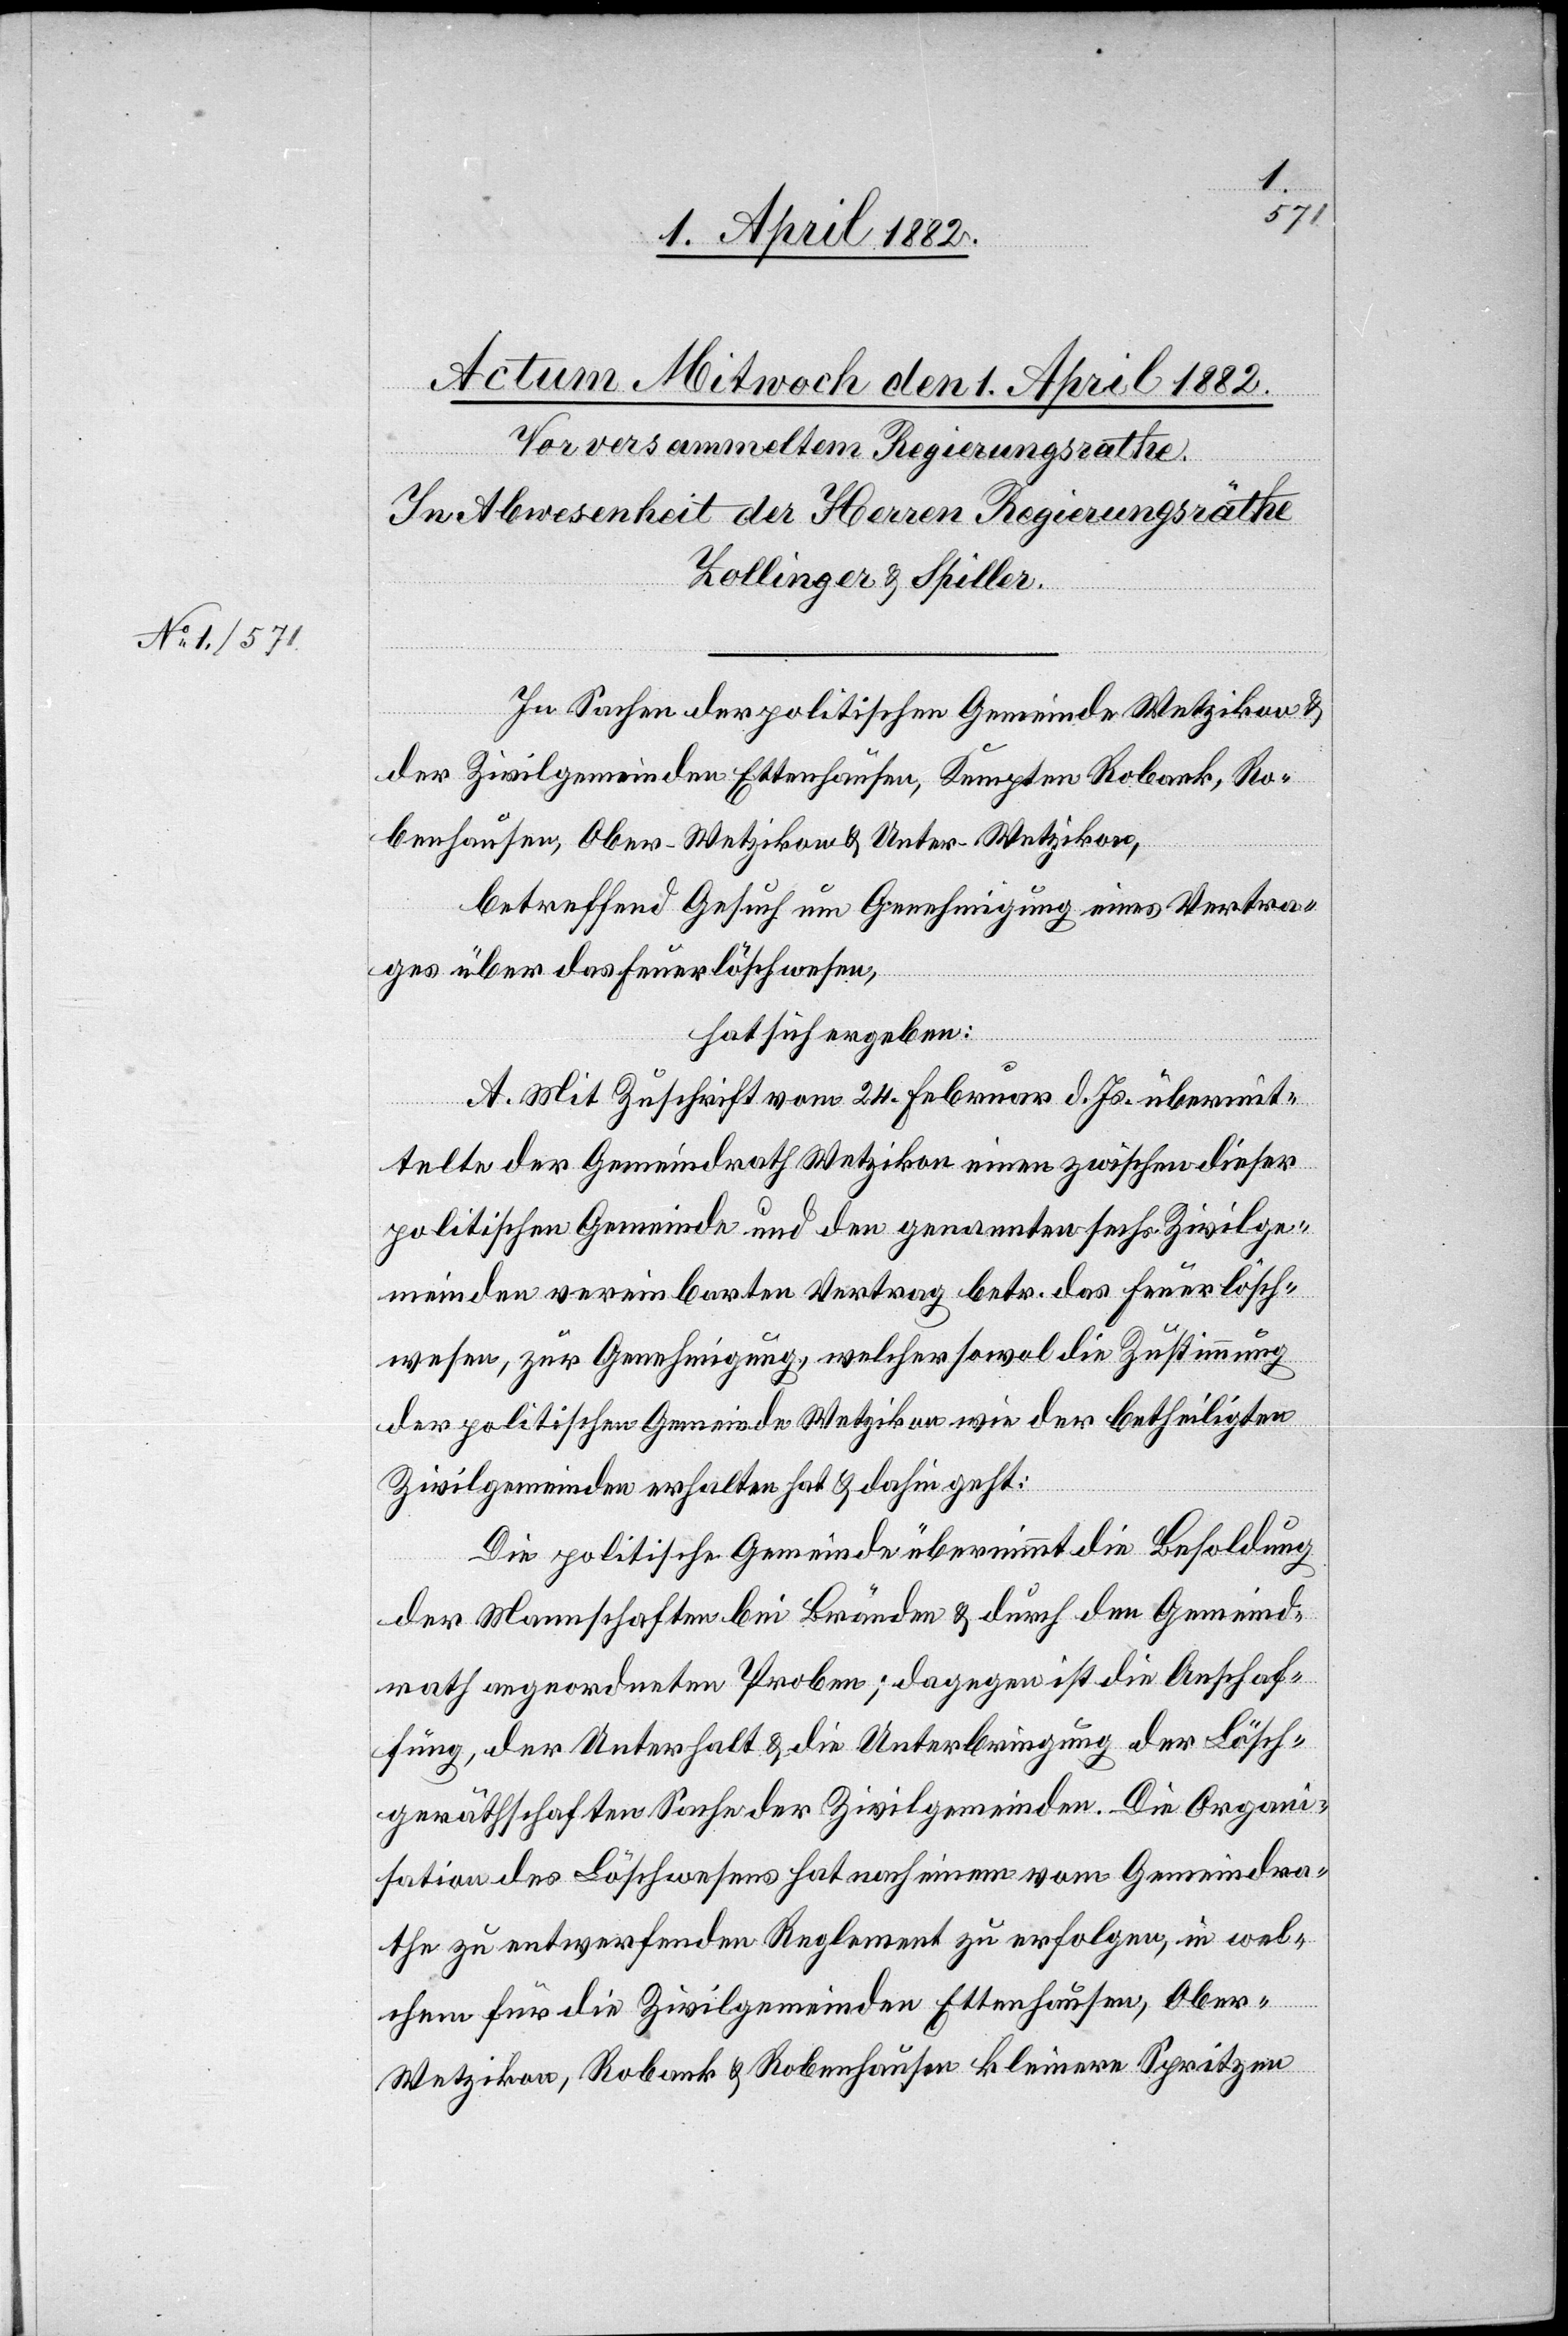
In Sachen der politischen Gemeinde Wetzikon &
der Zivilgemeinden Ettenhausen, Kempten[,] Robank, Ro¬
benhausen, Ober-Wetzikon & Unter-Wetzikon,
betreffend Gesuch um Genehmigung eines Vertra¬
ges über das Feuerlöschwesen,
hat sich ergeben:
A., Mit Zuschrift vom 24. Februar d. Js. übermit¬
telte der Gemeindrath Wetzikon einen zwischen dieser
politischen Gemeinde und den genannten sechs Zivilge¬
meinden vereinbarten Vertrag betr. das Feuerlösch¬
wesen, zur Genehmigung, welcher sowol die Zustimmung
der politischen Gemeinde Wetzikon wie der betheiligten
Zivilgemeinden erhalten hat & dahin geht:
Die politische Gemeinde übernimmt die Besoldung
der Mannschaften bei Bränden & durch den Gemeind¬
rath angeordneten Proben; dagegen ist die Anschaf¬
fung, der Unterhalt & die Unterbringung der Lösch¬
geräthschaften Sache der Zivilgemeinden. Die Organi¬
sation des Löschwesens hat nach einem vom Gemeindra¬
the zu entwerfenden Reglement zu erfolgen, in wel¬
chem für die Zivilgemeinden Ettenhausen, Ober-W¬
etzikon, Robank & Robenhausen kleinere Spritzen